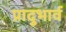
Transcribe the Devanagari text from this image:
प्रादुभार्व